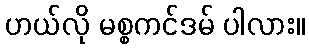
ဟယ်လို မစ္စကင်ဒမ် ပါလား။